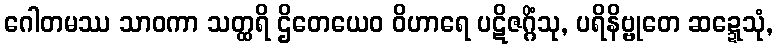
ဂေါတမဿ သာဝကာ သတ္ထရိ ဌိတေယေဝ ဝိဟာရေ ပဋိဇဂ္ဂိံသု, ပရိနိဗ္ဗုတေ ဆဍ္ဍေသုံ,